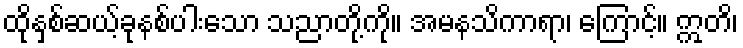
ထိုနှစ်ဆယ့်ခုနစ်ပါးသော သညာတို့ကို။ အမနသိကာရာ၊ ကြောင့်။ ဣတိ၊